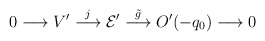
\begin{align*}0 \longrightarrow V' \stackrel{j}{\longrightarrow} {\cal E'}\stackrel{{\tilde g}}{\longrightarrow} O'(-q_0)\longrightarrow 0\end{align*}